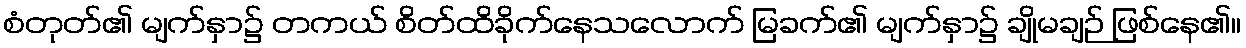
စံတုတ်၏ မျက်နှာ၌ တကယ် စိတ်ထိခိုက်နေသလောက် မြခက်၏ မျက်နှာ၌ ချိုမချဉ် ဖြစ်နေ၏။